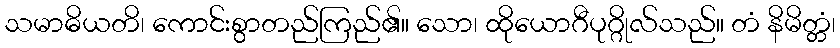
သမာဓိယတိ၊ ကောင်းစွာတည်ကြည်၏။ သော၊ ထိုယောဂီပုဂ္ဂိုလ်သည်။ တံ နိမိတ္တံ၊